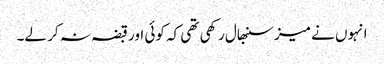
انہوں نے میز سنبھال رکھی تھی کہ کوئی اور قبضہ نہ کر لے۔